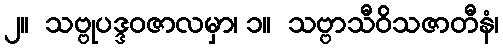
၂။  သဗ္ဗုပဒ္ဒဝဇာလမှာ၊ ၁။  သဗ္ဗာသီဝိသဇာတီနံ၊